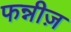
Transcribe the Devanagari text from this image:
फन्नीज़